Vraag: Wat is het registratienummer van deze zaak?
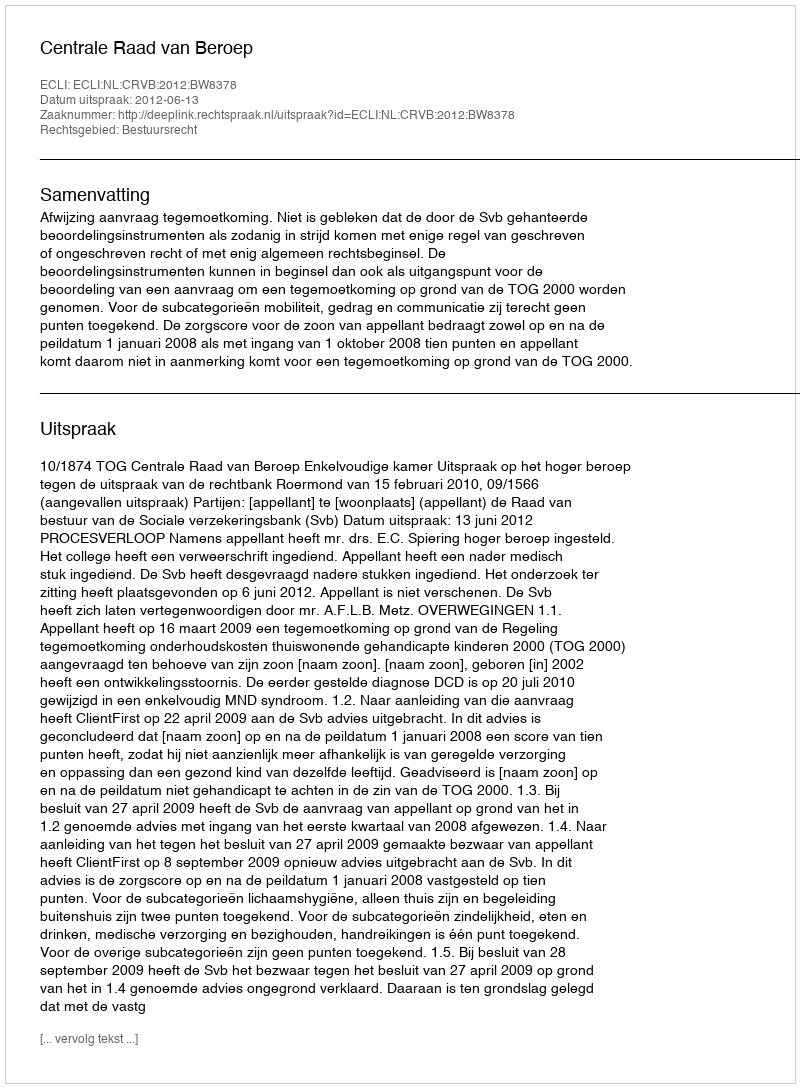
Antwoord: http://deeplink.rechtspraak.nl/uitspraak?id=ECLI:NL:CRVB:2012:BW8378